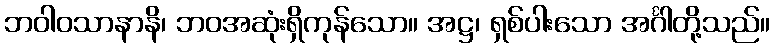
ဘဝါဝသာနာနိ၊ ဘဝအဆုံးရှိကုန်သော။ အဋ္ဌ၊ ရှစ်ပါးသော အင်္ဂါတို့သည်။